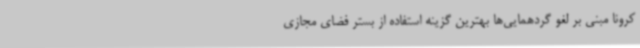
کرونا مبنی بر لغو گردهمایی‌ها بهترین گزینه استفاده از بستر فضای مجازی